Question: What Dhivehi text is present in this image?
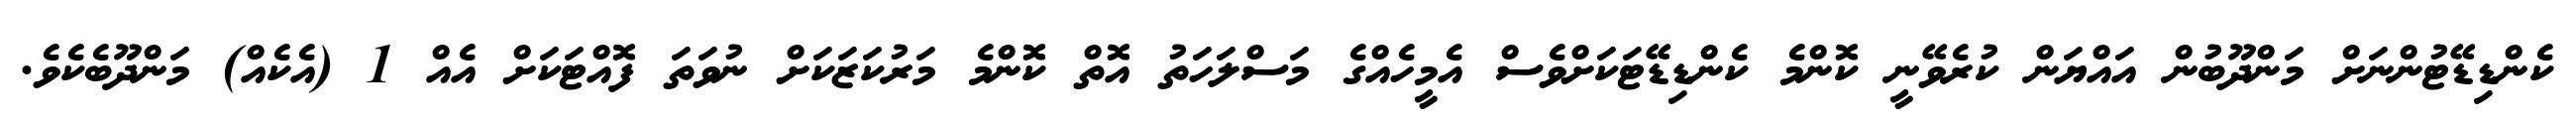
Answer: ކެންޑިޑޭޓުންނަށް މަންދޫބުން އައްޔަން ކުރެވޭނީ ކޮންމެ ކެންޑިޑޭޓަކަށްވެސް އެމީހެއްގެ މަސްލަހަތު އޮތް ކޮންމެ މަރުކަޒަކަށް ނުވަތަ ފޮއްޓަކަށް އެއް 1 (އެކެއް) މަންދޫބެކެވެ.